Leaving Certificate Examination, 1922
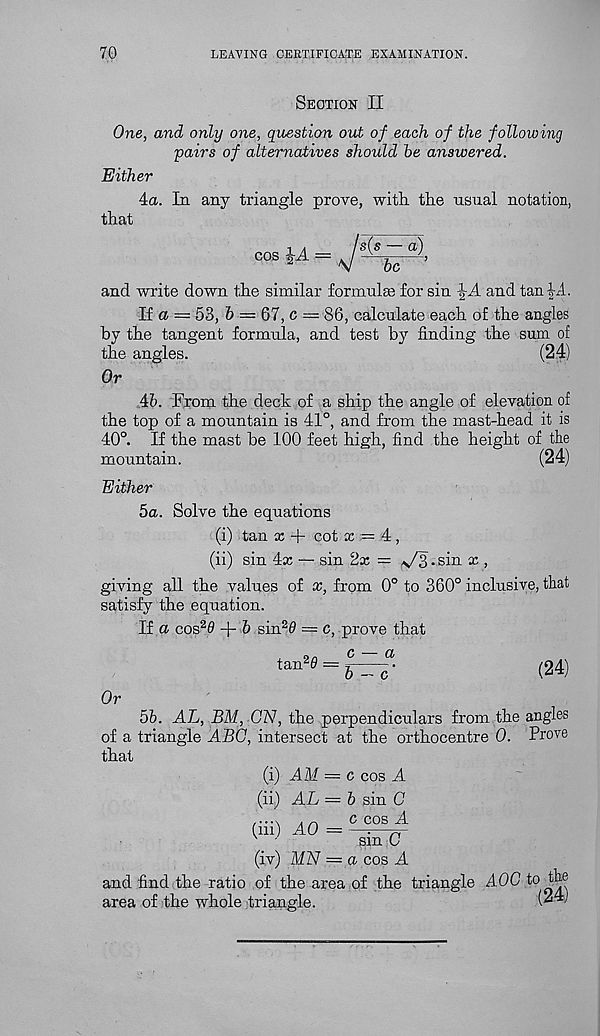
70
LEAVING CERTIFICATE EXAMINATION.
Section II
One, and only one, question out of each of the following
pairs of alternatives should he answered.
Either
4a. In any triangle prove, with the usual notation,
that
008 iA =
and write down the similar formulas for sin
and tan hi.
If a = 53, b = 67, c — 86, calculate each of the angles
by the tangent formula, and test by finding the sum of
the angles.
(24)
Or
46. From the deck of a ship the angle of elevation of
the top of a mountain is 41°, and from the mast-head it is
40°. If the mast be 100 feet high, find the height of the
mountain.
(24)
Either
5a. Solve the equations
(i) tan x + cot x = 4 ,
(ii) sin 4x — sin 2x = V3 • sin x >
giving all the values of x, from 0° to 360° inclusive, that
satisfy the equation.
If a cos 2 0 + b sin 2 0 — c, prove that
tan 2 0 =
c — a
b — c'
(24)
Or
56. AL, BM, ON, the perpendiculars from the angles
of a triangle ABC, intersect at the orthocentre 0. Prove
that
(i) AM = c cos A
(ii) AL = 6 sin C
..... . „
c cos A
(m) A0 =
■ n
v
•
smC
(iv) MN — a cos A
and find the ratio of the area of the triangle A0G to the
area of the whole triangle.